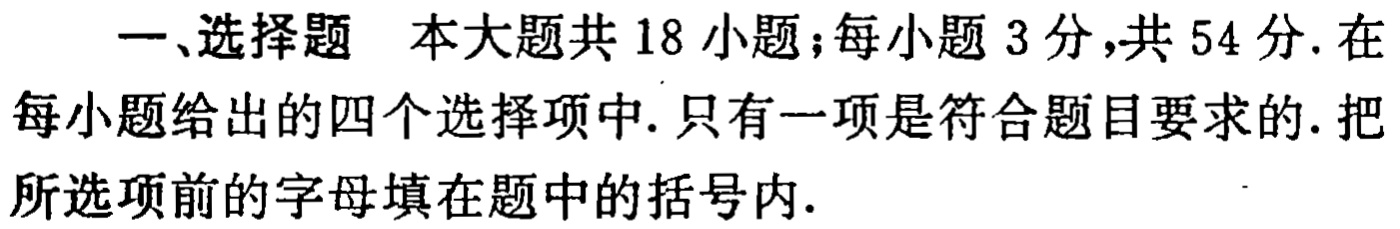
一、选择题 本大题共18小题；每小题3分，共54分. 在每小题给出的四个选择项中. 只有一项是符合题目要求的. 把所选项前的字母填在题中的括号内.